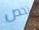
تخص